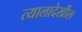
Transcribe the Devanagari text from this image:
त्यालादेखील